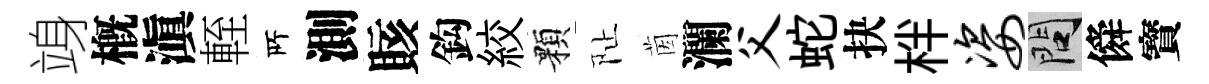
竧槪滇輊𠩄測賅鈎絞顆阯茵瀾父蛇抉柈姿問僢寳